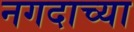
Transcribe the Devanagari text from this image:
नगदाच्या